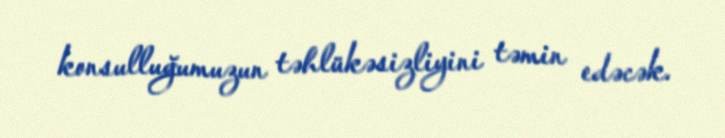
konsulluğumuzun təhlükəsizliyini təmin edəcək.